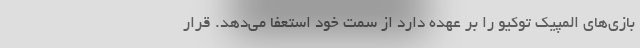
بازی‌های المپیک توکیو را بر عهده دارد از سمت خود استعفا می‌دهد. قرار